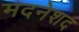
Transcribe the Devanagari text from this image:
मदनेशद